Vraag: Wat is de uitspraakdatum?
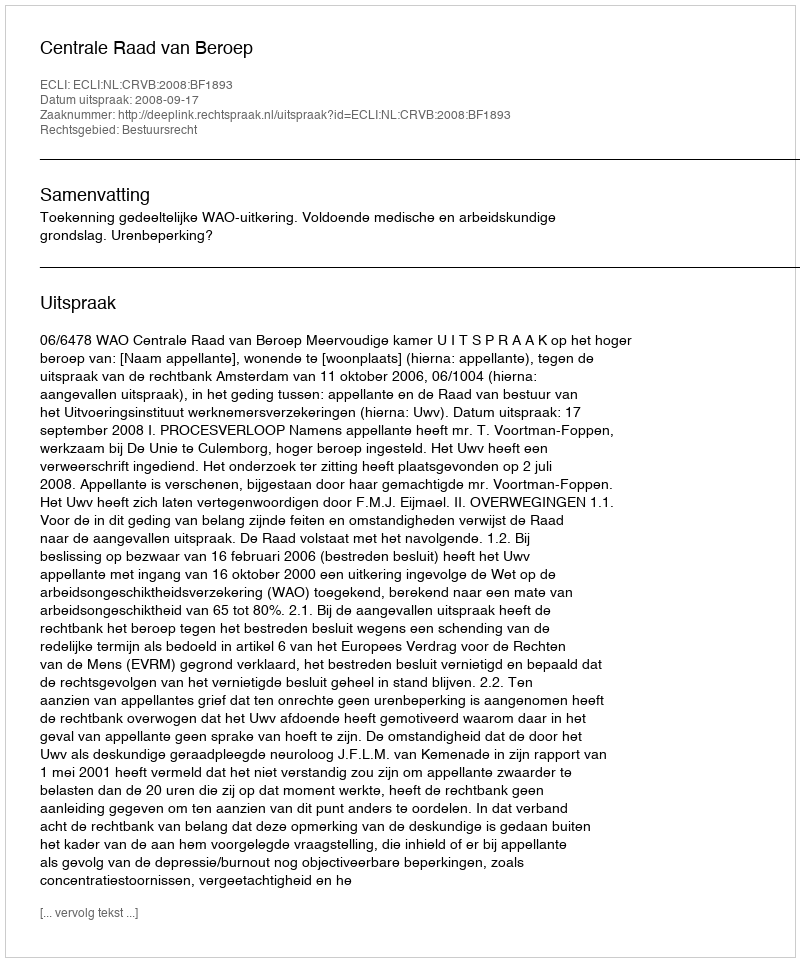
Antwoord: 2008-09-17